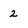
Character: 2